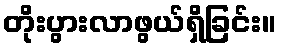
တိုးပွားလာဖွယ်ရှိခြင်း။